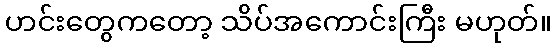
ဟင်းတွေကတော့ သိပ်အကောင်းကြီး မဟုတ်။